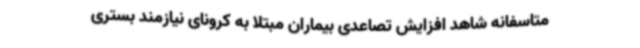
متاسفانه شاهد افزایش تصاعدی بیماران مبتلا به کرونای نیازمند بستری